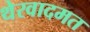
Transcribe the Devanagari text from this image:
थेरवादमत